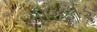
ચીરફાડ